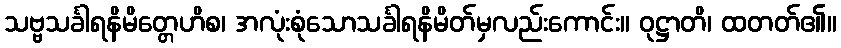
သဗ္ဗသင်္ခါရနိမိတ္တေဟိစ၊ အလုံးစုံသောသင်္ခါရနိမိတ်မှလည်းကောင်း။ ဝုဋ္ဌာတိ၊ ထတတ်၏။